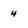
Character: 4